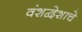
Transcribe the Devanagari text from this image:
वंशद्वेशाचे